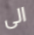
الى